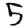
Digit: 5